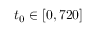
t _ { 0 } \in [ 0 , 7 2 0 ]